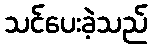
သင်ပေးခဲ့သည်